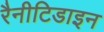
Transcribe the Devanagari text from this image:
रैनीटिडाइन